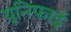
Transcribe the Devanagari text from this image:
यूनिफाई